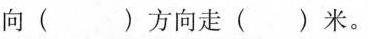
向()方向走()米。